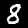
Digit: 8